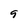
Character: 9